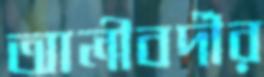
আলীবর্দীর